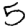
Digit: 5